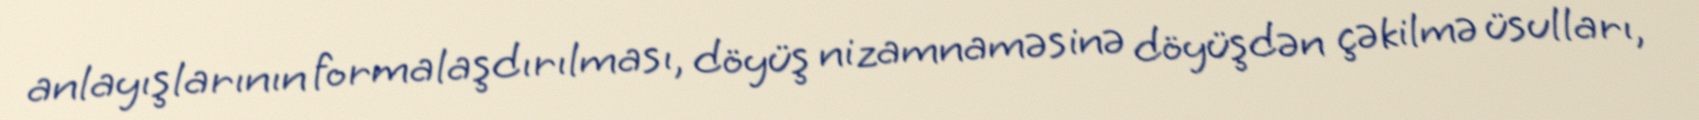
anlayışlarının formalaşdırılması, döyüş nizamnaməsinə döyüşdən çəkilmə üsulları,